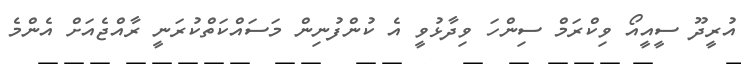
އުރީދޫ ސީއީއޯ ވިކްރަމް ސިންހަ ވިދާޅުވީ އެ ކުންފުނިން މަސައްކަތްކުރަނީ ރާއްޖެއަށް އެންމެ